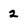
Character: 2